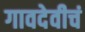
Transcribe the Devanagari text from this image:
गावदेवीचं